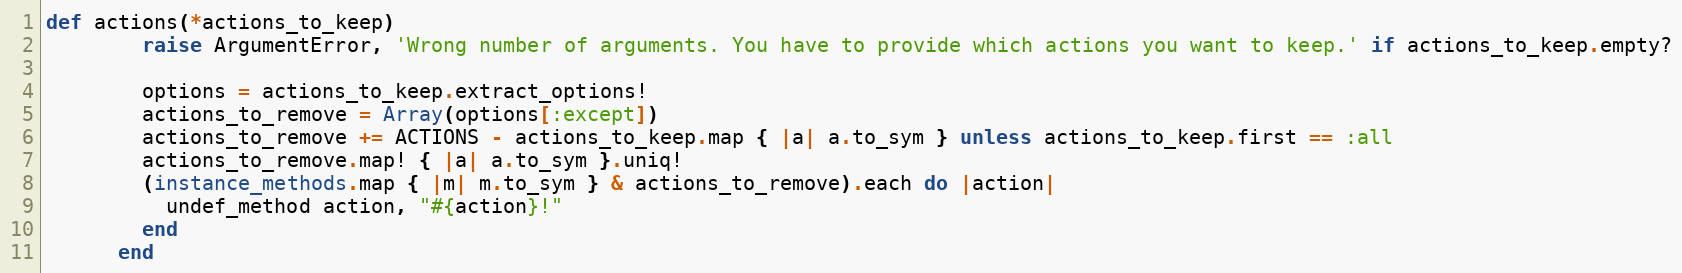
Language: Ruby
def actions(*actions_to_keep)
        raise ArgumentError, 'Wrong number of arguments. You have to provide which actions you want to keep.' if actions_to_keep.empty?

        options = actions_to_keep.extract_options!
        actions_to_remove = Array(options[:except])
        actions_to_remove += ACTIONS - actions_to_keep.map { |a| a.to_sym } unless actions_to_keep.first == :all
        actions_to_remove.map! { |a| a.to_sym }.uniq!
        (instance_methods.map { |m| m.to_sym } & actions_to_remove).each do |action|
          undef_method action, "#{action}!"
        end
      end